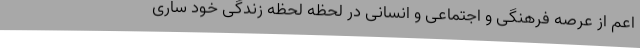
اعم از عرصه فرهنگی و اجتماعی و انسانی در لحظه لحظه زندگی خود ساری